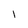
Character: l